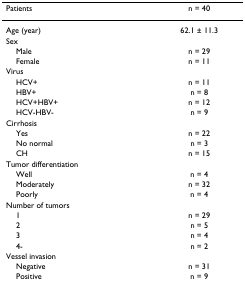
<table><thead><tr><td><b>Patients</b></td><td><b>n = 40</b></td></tr></thead><tbody><tr><td>Age (year)</td><td>62.1 ± 11.3</td></tr><tr><td>Sex</td><td></td></tr><tr><td> Male</td><td>n = 29</td></tr><tr><td> Female</td><td>n = 11</td></tr><tr><td>Virus</td><td></td></tr><tr><td> HCV+</td><td>n = 11</td></tr><tr><td> HBV+</td><td>n = 8</td></tr><tr><td> HCV+HBV+</td><td>n = 12</td></tr><tr><td> HCV-HBV-</td><td>n = 9</td></tr><tr><td>Cirrhosis</td><td></td></tr><tr><td> Yes</td><td>n = 22</td></tr><tr><td> No normal</td><td>n = 3</td></tr><tr><td> CH</td><td>n = 15</td></tr><tr><td>Tumor differentiation</td><td></td></tr><tr><td> Well</td><td>n = 4</td></tr><tr><td> Moderately</td><td>n = 32</td></tr><tr><td> Poorly</td><td>n = 4</td></tr><tr><td>Number of tumors</td><td></td></tr><tr><td> 1</td><td>n = 29</td></tr><tr><td> 2</td><td>n = 5</td></tr><tr><td> 3</td><td>n = 4</td></tr><tr><td> 4-</td><td>n = 2</td></tr><tr><td>Vessel invasion</td><td></td></tr><tr><td> Negative</td><td>n = 31</td></tr><tr><td> Positive</td><td>n = 9</td></tr></tbody></table>